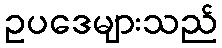
ဥပဒေများသည်